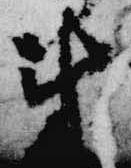
来